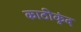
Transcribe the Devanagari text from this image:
काठीकुंद